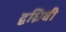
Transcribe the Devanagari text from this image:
द्वध्रिवी